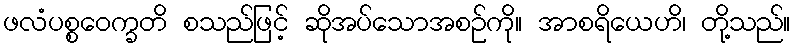
ဖလံပစ္စဝေက္ခတိ စသည်ဖြင့် ဆိုအပ်သောအစဉ်ကို။ အာစရိယေဟိ၊ တို့သည်။